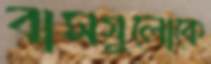
বাসগুলোকে